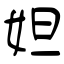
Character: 妲